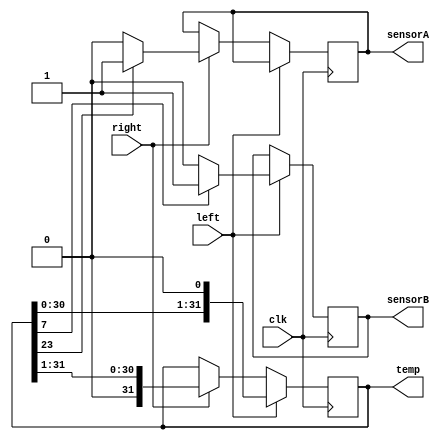
module rotation(clk,left,right,sensorA,sensorB,temp);
  input clk;
  input left,right;
  output sensorA,sensorB;
  output [31:0]temp;
  reg sensorA,sensorB;
  reg [31:0]temp;
  
  initial 
   begin
    temp = 32'b10000000000000000000000000000000;
    sensorA=0;
    sensorB=0;
   end
  
  
  always@(posedge clk)
  begin
  
   if(left)
    begin
      temp <= temp<<1;
      if(temp[7]==1)
        sensorB <= 1;
      else 
        sensorB <= 0;
    end
    
   else if (right)
     begin
      temp <= temp>>1;
      if(temp[23]==1)
        sensorA <= 1;
      else 
        sensorA <= 0;
     end
     
  end
  
endmodule